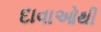
દાવાઓથી